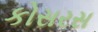
કોસરસ